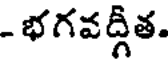
- భగవద్గీత.